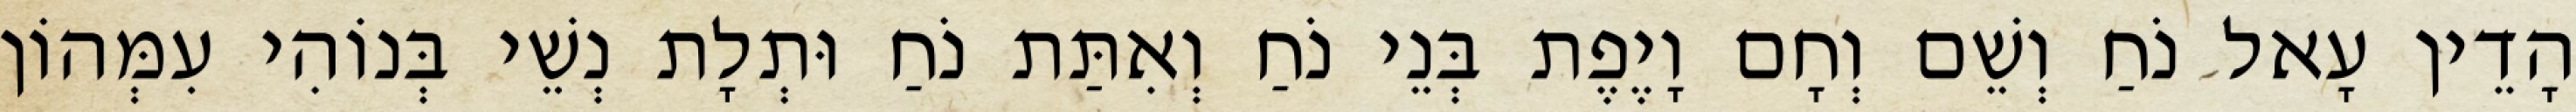
הָדֵין עָאל נֹחַ וְשֵׁם וְחָם וָיֶפֶת בְּנֵי נֹחַ וְאִתַּת נֹחַ וּתְלָת נְשֵׁי בְּנוֹהִי עִמְּהוֹן